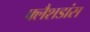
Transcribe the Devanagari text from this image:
फ्लैशडांस